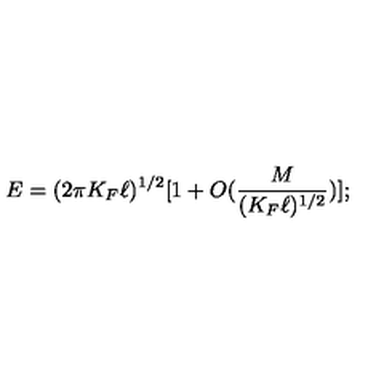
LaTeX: E = ( 2 \pi K _ { F } \ell ) ^ { 1 / 2 } [ 1 + O ( \frac { M } { ( K _ { F } \ell ) ^ { 1 / 2 } } ) ] ;